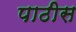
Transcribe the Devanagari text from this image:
पाठीस